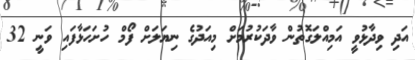
އަދި ވިދާޅުވީ އަމިއްލަގޮތުން ވާދަކުރުމަށް މިއަދުގެ ނިޔަލަށް ފޯމް ހުށަހަޅާފައި ވަނީ 32